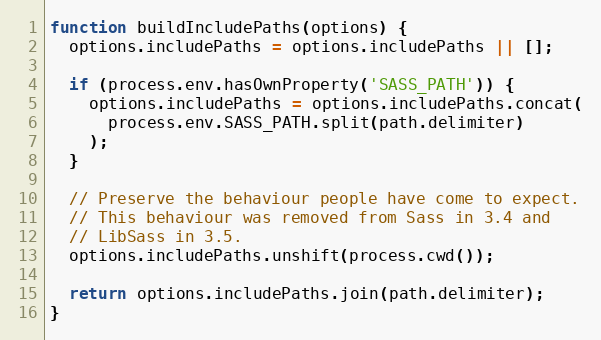
Language: JavaScript
function buildIncludePaths(options) {
  options.includePaths = options.includePaths || [];

  if (process.env.hasOwnProperty('SASS_PATH')) {
    options.includePaths = options.includePaths.concat(
      process.env.SASS_PATH.split(path.delimiter)
    );
  }

  // Preserve the behaviour people have come to expect.
  // This behaviour was removed from Sass in 3.4 and
  // LibSass in 3.5.
  options.includePaths.unshift(process.cwd());

  return options.includePaths.join(path.delimiter);
}